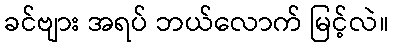
ခင်ဗျား အရပ် ဘယ်လောက် မြင့်လဲ။